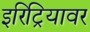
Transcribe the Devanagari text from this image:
इरिट्रियावर